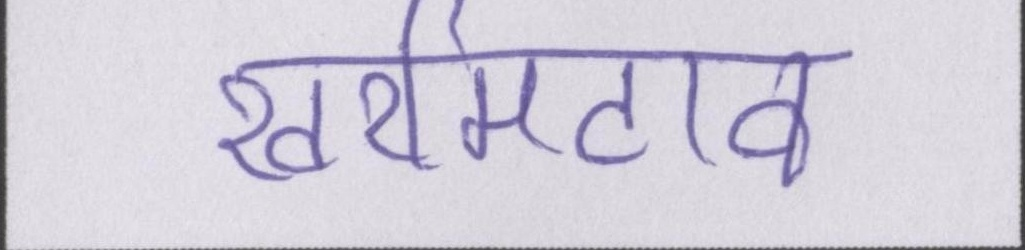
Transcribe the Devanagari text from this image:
खरमिटाव